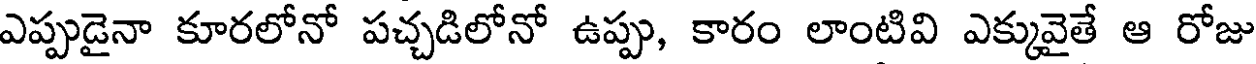
ఎప్పుడైనా కూరలోనో పచ్చడిలోనో ఉప్పు, కారం లాంటివి ఎక్కువైతే ఆ రోజు